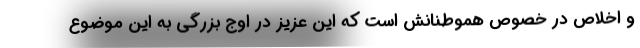
و اخلاص در خصوص هموطنانش است که این عزیز در اوج بزرگی به این موضوع